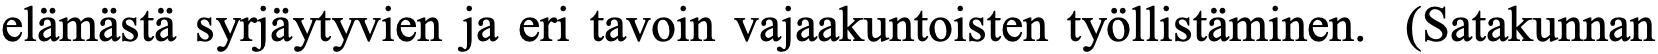
elämästä syrjäytyvien ja eri tavoin vajaakuntoisten työllistäminen. (Satakunnan